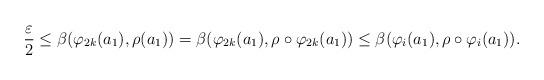
LaTeX: \begin{align*}\dfrac{\varepsilon}{2}\leq\beta(\varphi_{2k}(a_1),\rho(a_1))=\beta(\varphi_{2k}(a_1),\rho\circ \varphi_{2k}(a_1))\leq \beta(\varphi_i(a_1),\rho\circ \varphi_i(a_1)).\end{align*}